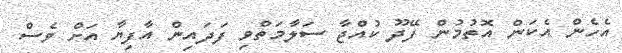
އެހެން އެކަން އޮތުމުން ފޭދޫ ކުއްޖާ ސަލާމަތްވި ފަދައިން އާފިޔާ އަށް ވެސް